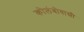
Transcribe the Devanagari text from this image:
कोलंबोवासी